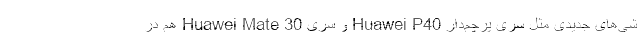
شی‌های جدیدی مثل سری پرچم‌دار Huawei P40 و سری Huawei Mate 30 هم در